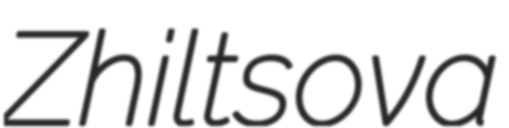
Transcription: Zhiltsova